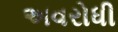
અવરોધી